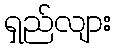
ရှည်လျား